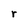
Character: r